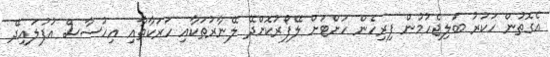
އެގޮތުން ހަކުރު ބަލިޖެހުމުން ފިރިހެން ހަށްޓަށް ލޭފޯރުކޮށްދޭ ލޭނާރުތަކާއި ހަރަކާތާއި އިހުސާސް އުފުލައިދޭ